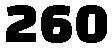
260